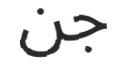
جن